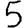
Digit: 5